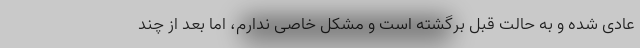
عادی شده و به حالت قبل برگشته است و مشکل خاصی ندارم، اما بعد از چند